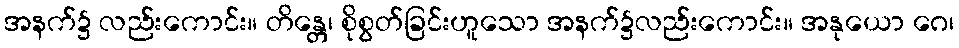
အနက်၌ လည်းကောင်း။ တိန္တေ၊ စိုစွတ်ခြင်းဟူသော အနက်၌လည်းကောင်း။ အနုယော ဂေ၊